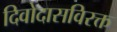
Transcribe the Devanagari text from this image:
दिवोदासविरक्त